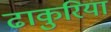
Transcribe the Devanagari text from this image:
ढाकुरिया